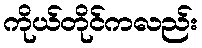
ကိုယ်တိုင်ကလည်း